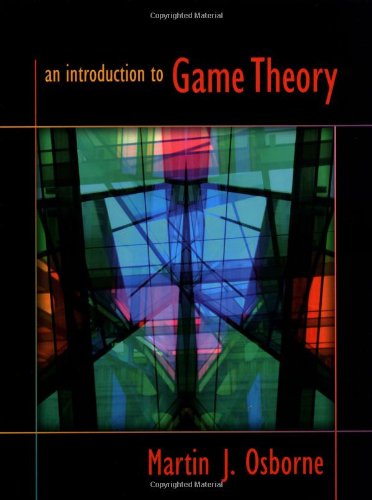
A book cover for An Introduction to Game Theory; Martin J. Osborne; Science & Math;